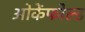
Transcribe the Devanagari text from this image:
ओकेंफोल्ड